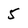
Character: 5